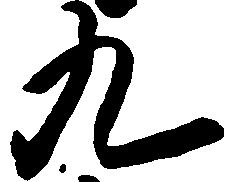
九